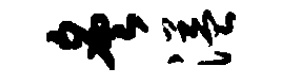
炙溢